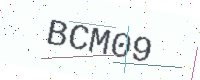
Text: BCM09